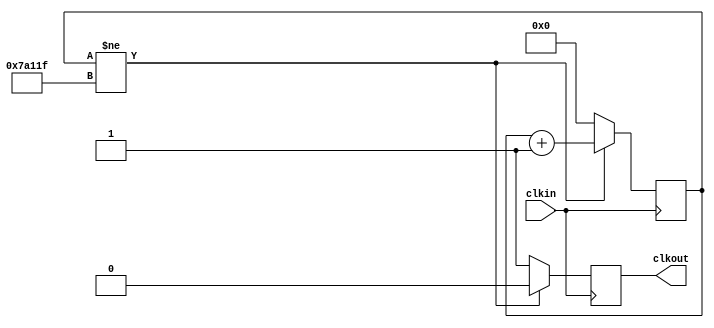
`timescale 1ns / 1ps
//////////////////////////////////////////////////////////////////////////////////
// Company: 
// Engineer: 
// 
// Design Name: 
// Module Name: slow_clk_100
// Project Name: 
// Target Devices: 
// Tool Versions: 
// Description: 
// 
// Dependencies: 
// 
// Revision:
// Revision 0.01 - File Created
// Additional Comments:
// 
//////////////////////////////////////////////////////////////////////////////////


module slow_clk_100(input clkin, output reg clkout);

 reg[20:0]count=0;
 
 always @(posedge clkin)
 if(count != 500_000-1)
 begin
 count<=count+1;
 clkout<=0;
 
 end
 else
 begin
 count<=0;
 clkout<=1;
 end
endmodule